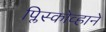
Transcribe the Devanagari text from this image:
प्लिस्कोव्हाने